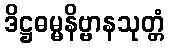
ဒိဋ္ဌဓမ္မနိဗ္ဗာနသုတ္တံ